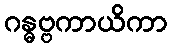
ဂန္ဓဗ္ဗကာယိကာ